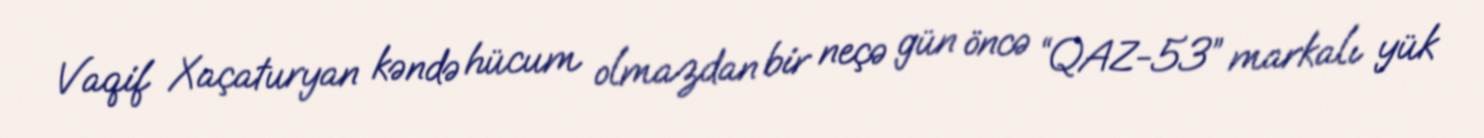
Vaqif Xaçaturyan kəndə hücum olmazdan bir neçə gün öncə “QAZ-53” markalı yük